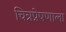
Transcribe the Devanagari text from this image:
चित्रप्रेषणाला